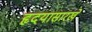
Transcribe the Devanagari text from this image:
हृदयासारखे